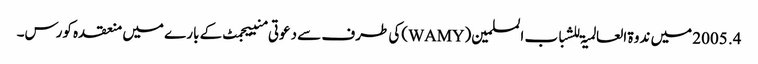
4. 2005 میں ندوۃ العالمیۃ للشباب المسلمین(WAMY)کی طرف سے دعوتی منییجمٹ کے بارے میں منعقدہ کورس۔